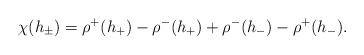
LaTeX: \begin{align*} \chi(h_{\pm}) = \rho^+(h_+) - \rho^{-}(h_+) + \rho^-(h_-) - \rho^+(h_-).\end{align*}